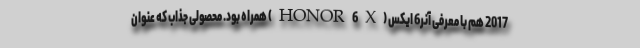
2017 هم با معرفی آنر6 ایکس (HONOR 6X) همراه بود. محصولی جذاب که عنوان